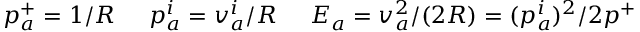
p _ { a } ^ { + } = 1 / R \; \; \; \; \; p _ { a } ^ { i } = v _ { a } ^ { i } / R \; \; \; \; \; E _ { a } = v _ { a } ^ { 2 } / ( 2 R ) = ( p _ { a } ^ { i } ) ^ { 2 } / 2 p ^ { + }